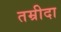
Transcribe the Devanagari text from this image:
तम्रीदा